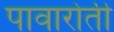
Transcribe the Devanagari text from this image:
पावारोती